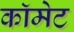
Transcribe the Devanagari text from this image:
काॅमेट